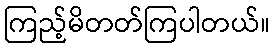
ကြည့်မိတတ်ကြပါတယ်။